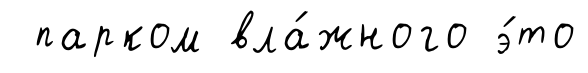
парком вла́жного э́то